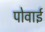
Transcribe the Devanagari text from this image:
पोवाई